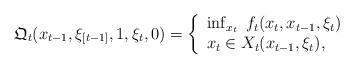
LaTeX: \begin{align*}\mathfrak{Q}_t( x_{t-1}, \xi_{[t-1]}, 1 , \xi_t , 0 ) = \left\{ \begin{array}{l}\inf_{x_t} \;f_t(x_t, x_{t-1}, \xi_t ) \\ x_t \in X_t(x_{t-1}, \xi_t ),\end{array}\right.\end{align*}